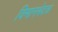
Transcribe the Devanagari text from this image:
विमानभेदक